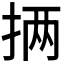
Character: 𪭵